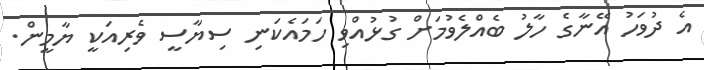
އެ ދުވަހު އޭނާގެ ހާލު ބެއްލެވުމަށް ގުޅުއްވި ހަމައެކަނި ސިޔާސީ ވެރިއަކީ ޔާމީން.